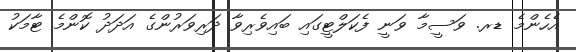
އެހެންމެ ޑރ. ވަސީމާ ވަނީ ފެކަލްޓީގައި ބައިވެރިވާ ދަރިވަރުންގެ އަދަދު ކޮންމެ ޓާމަކު